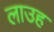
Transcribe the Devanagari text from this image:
लाउह